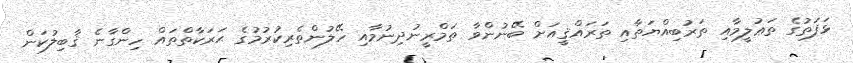
ޅަފަތުގެ ތަޢުލީމާއި ތަރުބިއްޔަތާއި ތަރައްޤީއަށް ބޭނުންވާ ތަމްރީނުދިނުމާއި ހޭލުންތެރިކުރުމުގެ ޙަރަކާތްތައް ހިންގާނެ ޤާބިލުކަން